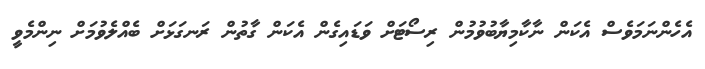
އެހެންނަމަވެސް އެކަން ނާކާމިޔާބުވުމުން ރިސޯޓަށް ވަޑައިގެން އެކަން ގާތުން ރަނގަޅަށް ބެއްލެވުމަށް ނިންމެވީ